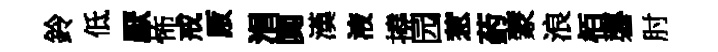
鈴低厭怖戒厫涓闃漢液撓园惹葯蒙浪栢礱肘